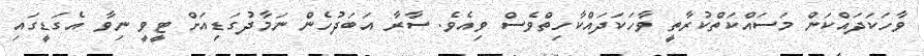
ވާހަކަދައްކަން މަސައްކަތްކުރާތީ ވާހަކަދައްކާހިތްވެސް ވިއެވެ. ސާރާ އަބަދުހެން ނަމާދުގަޑިއަށް ޓީވީ ނިވާ އެގަޑީގައި